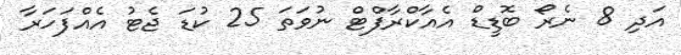
އަދި 8 ނެރޯ ބޮޑީޑް އެއާކްރާފްޓް ނުވަތަ 25 ކުޑަ ޖެޓު އެއްފަހަރާ